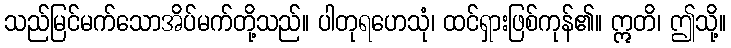
သည်မြင်မက်သောအိပ်မက်တို့သည်။ ပါတုရဟေသုံ၊ ထင်ရှားဖြစ်ကုန်၏။ ဣတိ၊ ဤသို့။